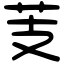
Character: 芰